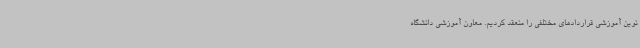
نوین آموزشی قراردادهای مختلفی را منعقد کردیم. معاون آموزشی دانشگاه